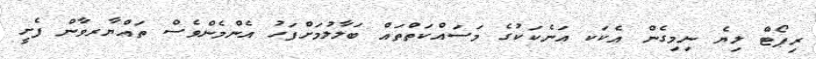
ރިޕޯޓް ލިޔެ ނިމިގެން އެކަކ އަނެކަކުގެ މަސައްކަތްތައް ބަލާލުމަށްފަހު އެންމެންވެސް ތައްޔާރވާން ފެށީ